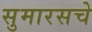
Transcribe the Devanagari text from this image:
सुमारसचे